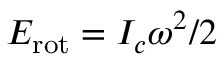
E _ { \mathrm { r o t } } = I _ { c } \omega ^ { 2 } / 2